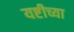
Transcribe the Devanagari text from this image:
यष्टीच्या